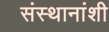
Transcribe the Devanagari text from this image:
संस्थानांशी